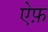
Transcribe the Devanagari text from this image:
ऐफ़